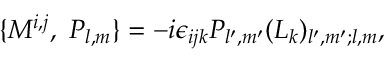
\{ M ^ { i , j } , \ P _ { l , m } \} = - i \epsilon _ { i j k } P _ { l ^ { \prime } , m ^ { \prime } } ( L _ { k } ) _ { l ^ { \prime } , m ^ { \prime } ; l , m } ,